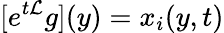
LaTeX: [e^{t{\cal L}}g](y)=x_{i}(y,t)